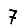
Digit: 7